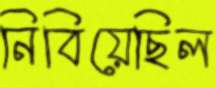
নিবিয়েছিল